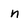
Character: n